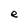
Character: e